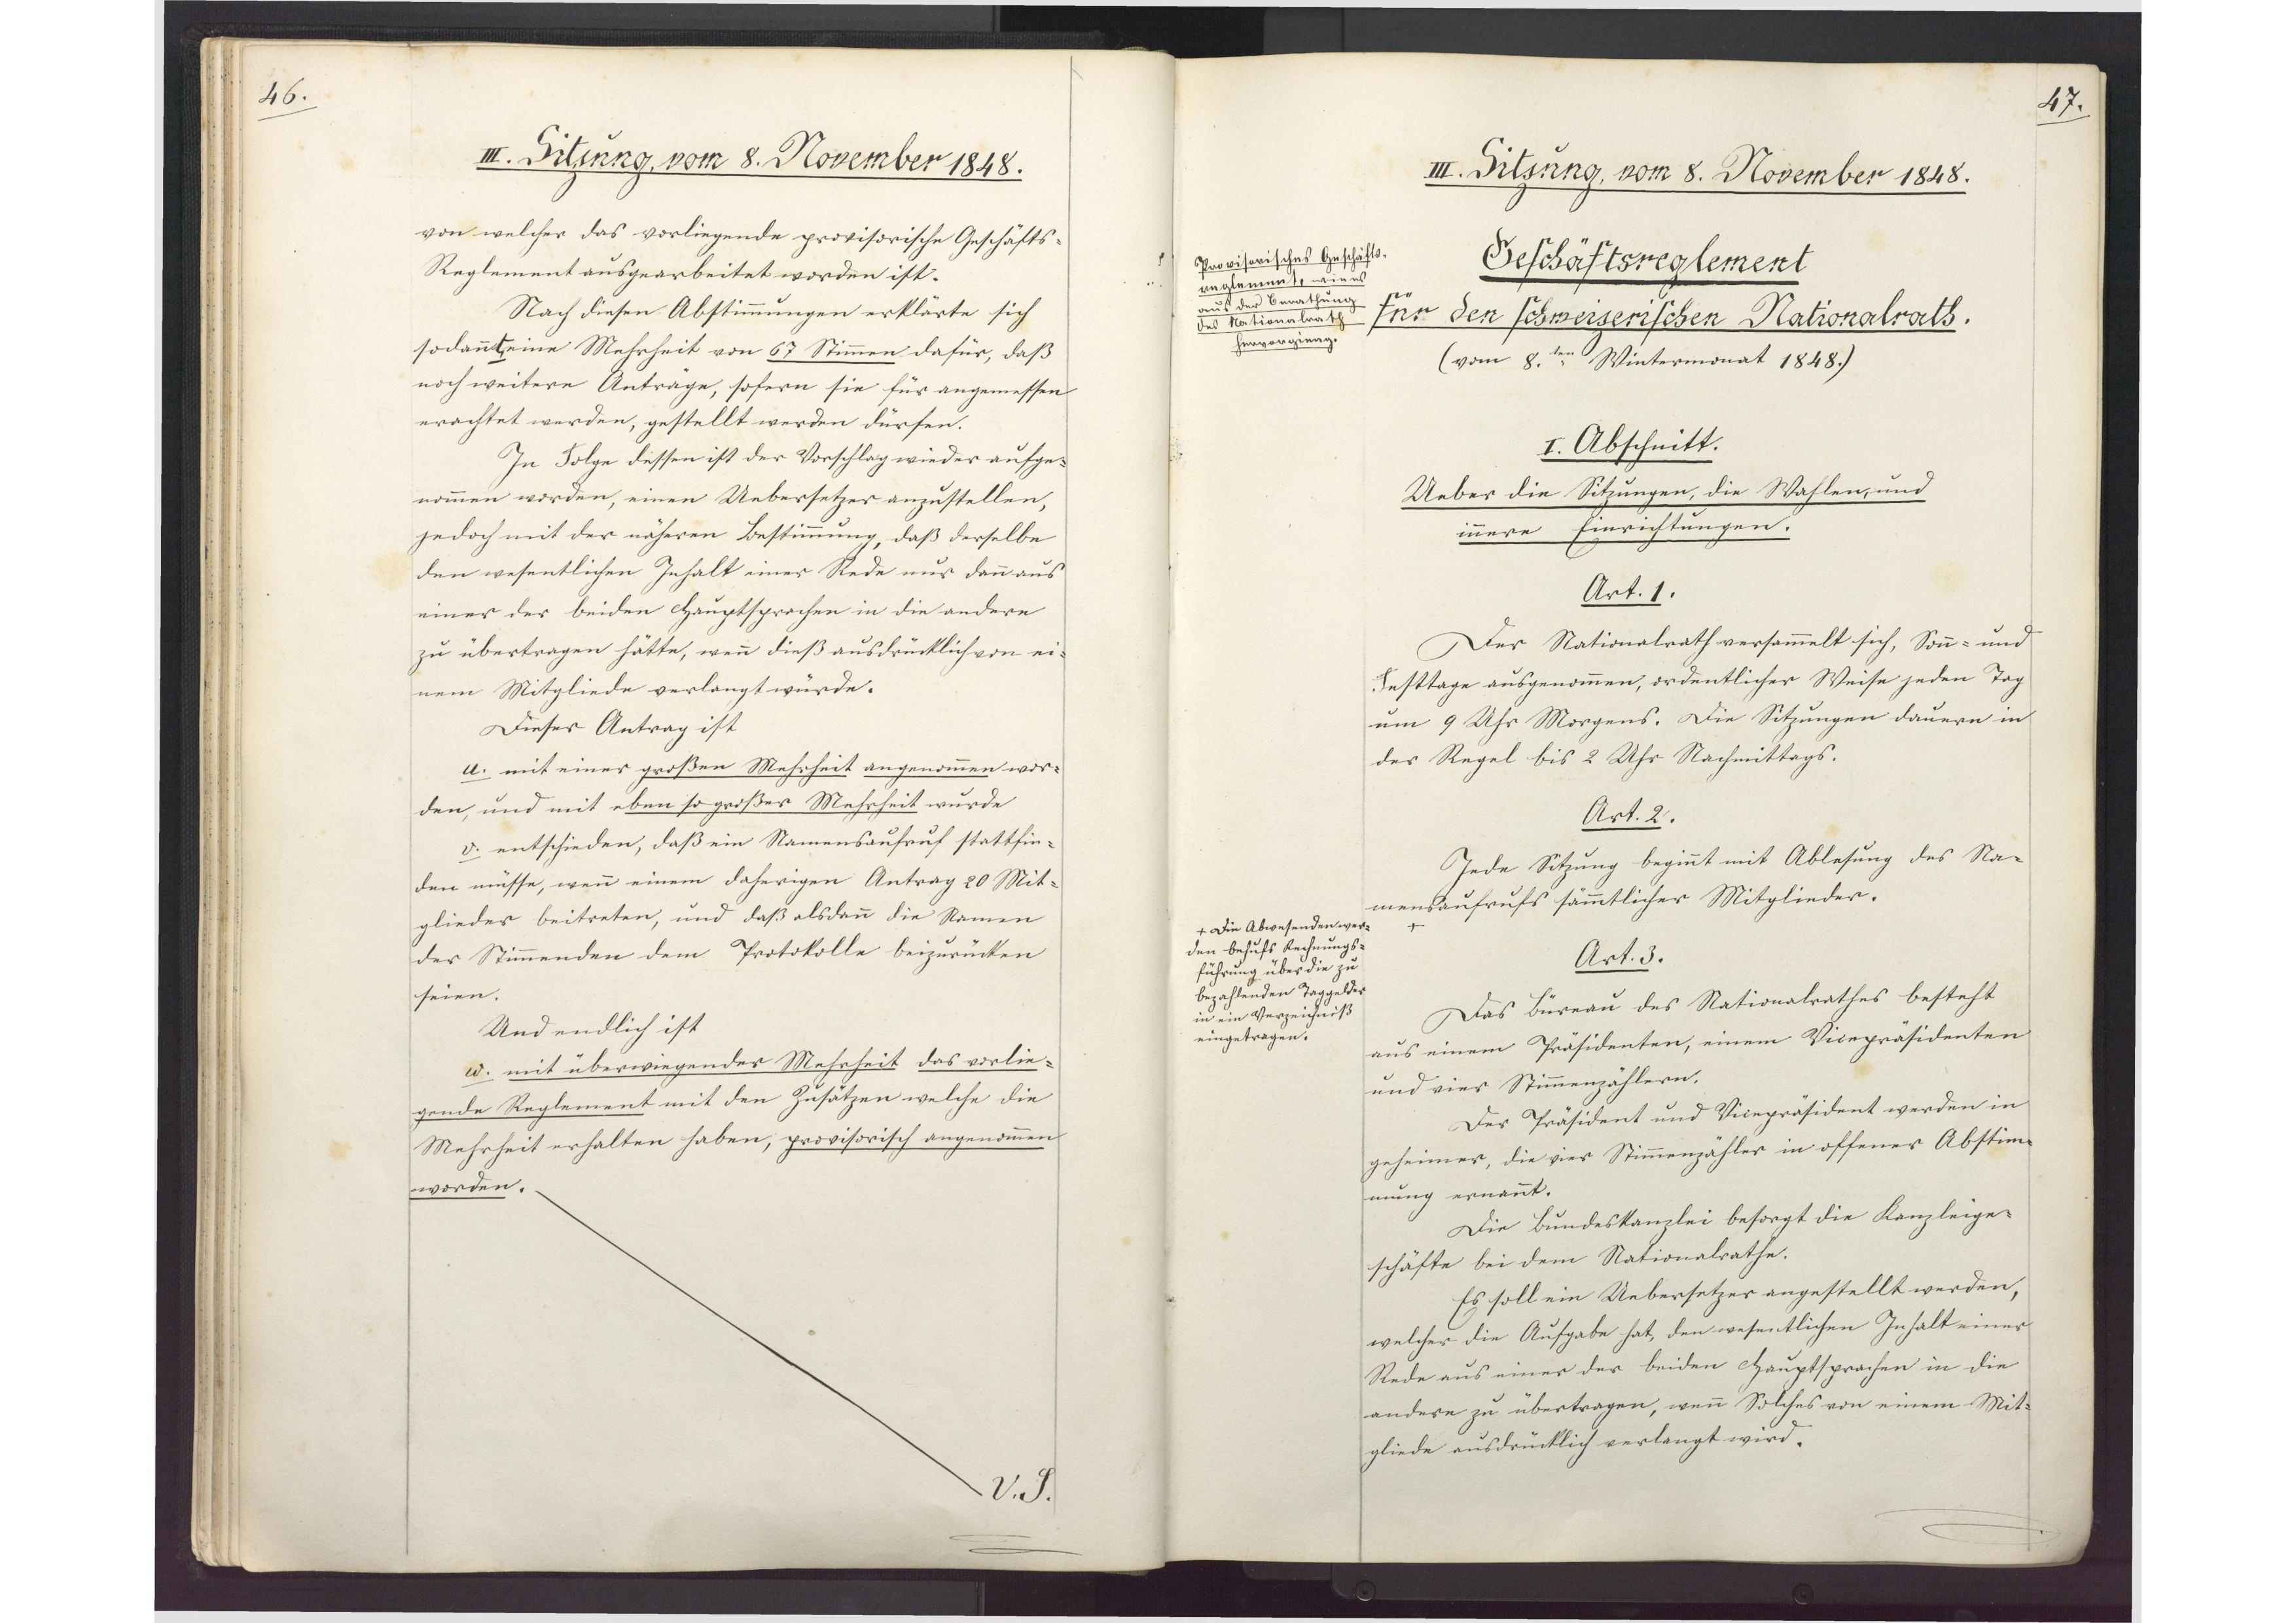
46.

III. Sitzung, vom 8. November 1848.

von welcher das vorliegende provisorische Geschäfts¬
Reglement ausgearbeitet worden ist.
Nach diesen Abstimmungen erklärte sich
sodann t. eine Mehrheit von 67 Stimmen dafür, daß
noch weitere Anträge, sofern sie für angemessen
erachtet werden, gestellt werden dürfen
In Folge dessen ist der Vorschlag wieder aufge¬
nommen worden, einen Uebersetzer anzustellen,
jedoch mit der näheren Bestimmung, daß derselbe
den wesentlichen Inhalt einer Rede nur dann aus
einer der beiden Hauptsprachen in die andere
zu übertragen hätte, wenn dieß ausdrücklich von ei¬
nem Mitgliede verlangt würde.
Dieser Antrag ist
u. mit einer großen Mehrheit angenommen wor¬
den und mit eben so großer Mehrheit wurde
v. entschieden, daß ein Namensaufruf stattfin¬
den müsse, wenn einem daherigen Antrag 20 Mit¬
glieder beitreten, und daß alsdann die Namen
der Stimmenden dem Protokolle beizurücken
seien.
Und endlich ist
w. mit überwiegender Mehrheit das vorlie¬
gende Reglement mit den Zusätzen welche die
Mehrheit erhalten haben, provisorisch angenom,en
worden.
v.S.

47.

III. Sitzung, vom 8. November 1848.
Geschäftsreglement
für den schweizerischen Nationalrath.
(vom 8.ten Wintermonat 1848).

I. Abschnitt.
Ueber die Sitzungen, die Wahlen, und
innere Einrichtungen.
Art. 1.
Der Nationalrath versammelt sich, Sonn- und
Festtage ausgenommen, ordentlicher Weise jeden Tag
um 9 Uhr Morgens. Die Sitzungen dauern in
der Regel bis 2 Uhr Nachmittags.
Art. 2.
Jede Sitzung beginnt mit Ablesung des Na¬
nensaufrufs sämmtlicher Mitglieder.
+
Art. 3.
Das Büreau des Nationalrathes besteht
aus einem Präsidenten, einem Vicepräsidenten
und vier Stimmenzählern.
Der Präsident und Vicepräsident werden in
geheimer, die vier Stimmenzähler in offener Abstim¬
mung ernannt.
Die Bundeskanzlei besorgt die Kanzleige¬
schäfte bei dem Nationalrathe.
Es soll ein Uebersetzer angestellt werden,
welcher die Aufgabe hat, den wesentlichen Inhalt einer
Rede aus einer der beiden Hauptsprachen in die
andere zu übertragen, wenn Solches von einem Mit¬
gliede ausdrücklich verlangt wird.

Provisorisches Geschäfts¬
reglement, wie es
aus der Berathung
des Nationalrath
hervorgieng.

+ Die Abwesenden wer¬
den behufs Rechnungs¬
führung über die zu
bezahlenden Taggelder
in ein Verzeichniß
eingetragen.